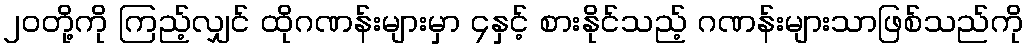
၂၀တို့ကို ကြည့်လျှင် ထိုဂဏန်းများမှာ ၄နှင့် စားနိုင်သည့် ဂဏန်းများသာဖြစ်သည်ကို